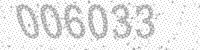
Solution: 006033